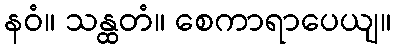
နဝံ။ သန္ထတံ။ စေကာရာပေယျ။